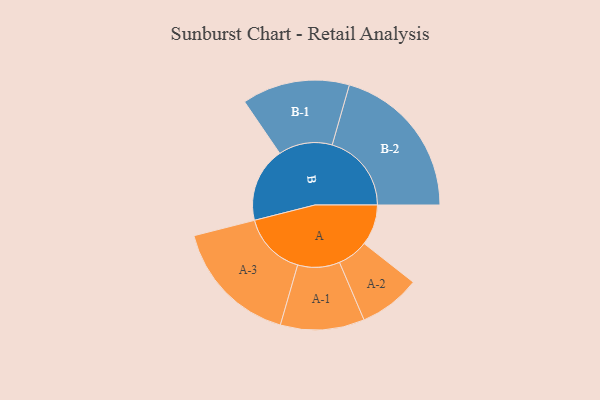
{"axis": {"x": "Segment", "y": "Value"}, "legend": ["", "A", "B"], "data": [{"x": "A", "y": 138, "type": ""}, {"x": "B", "y": 253, "type": ""}, {"x": "A-1", "y": 142, "type": "A"}, {"x": "A-2", "y": 104, "type": "A"}, {"x": "A-3", "y": 216, "type": "A"}, {"x": "B-1", "y": 182, "type": "B"}, {"x": "B-2", "y": 268, "type": "B"}]}